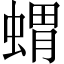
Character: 蝟